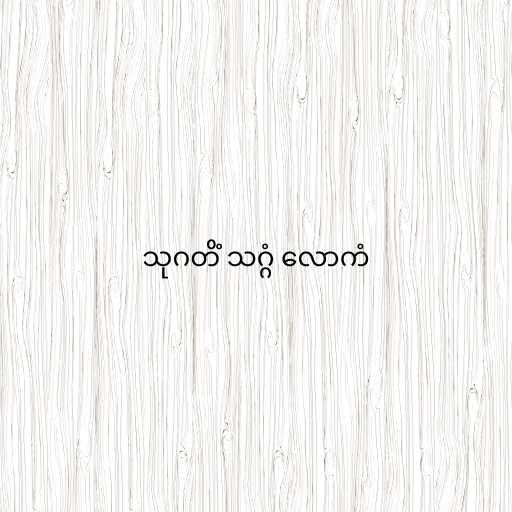
သုဂတိံ သဂ္ဂံ လောကံ